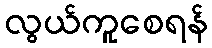
လွယ်ကူစေရန်